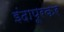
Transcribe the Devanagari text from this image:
इंदापूरकर